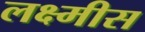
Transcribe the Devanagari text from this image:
लक्ष्मीस